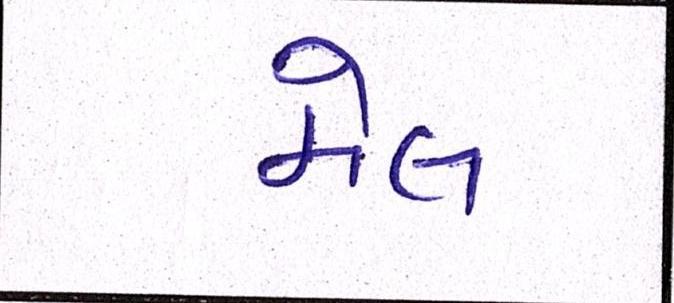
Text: મેલ